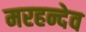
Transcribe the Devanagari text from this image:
मरहन्देव